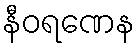
နီဝရဏေန